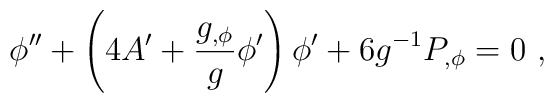
\phi'' + \left (4 A'+{g_{,\phi}\over g} \phi'\right) \phi' + 6 g^{-1}  P_{,\phi}=0\ ,